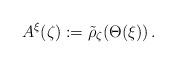
LaTeX: \begin{align*}A^\xi(\zeta) &:= \tilde{\rho}_{\zeta}(\Theta(\xi))\,.\end{align*}